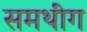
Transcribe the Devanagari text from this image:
समथींग